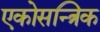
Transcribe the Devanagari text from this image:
एकोसन्त्रिक